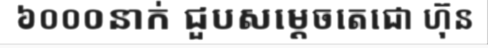
៦០០០នាក់ ជួបសម្តេចតេជោ ហ៊ុន